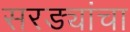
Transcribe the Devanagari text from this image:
सरड्यांचा